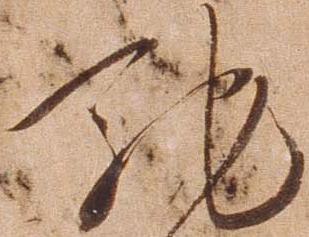
馳